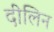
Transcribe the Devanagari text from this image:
दीलिन